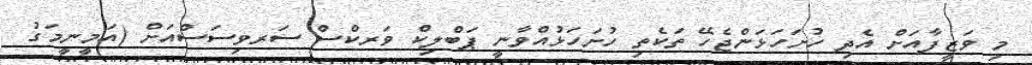
މި ވަޒީފާއަށް އެދި ހުށަހަޅަންޖެހޭ ތަކެތި ހުށަހަޅުއްވާނީ ޕަބްލިކް ވަރކްސް ސަރވިސަސްއަށް (އަމީނީމަގު